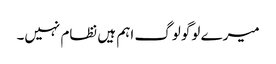
میرے لوگو لوگ اہم ہیں نظام نہیں۔